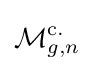
{\mathcal {M}}_{g,n}^{\mathrm {c.} }